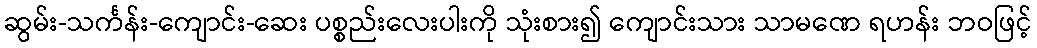
ဆွမ်း-သင်္ကန်း-ကျောင်း-ဆေး ပစ္စည်းလေးပါးကို သုံးစား၍ ကျောင်းသား သာမဏေ ရဟန်း ဘဝဖြင့်